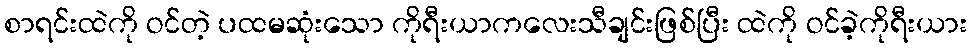
စာရင်းထဲကို ဝင်တဲ့ ပထမဆုံးသော ကိုရီးယာကလေးသီချင်းဖြစ်ပြီး ထဲကို ဝင်ခဲ့ကိုရီးယား